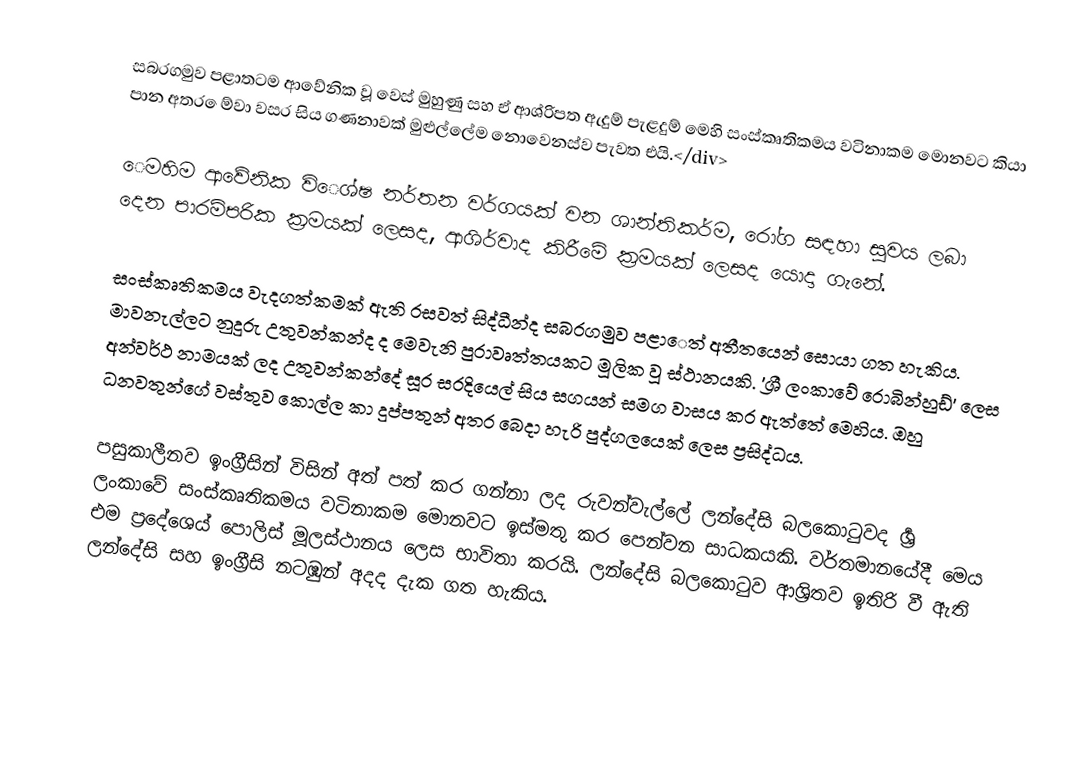
සබරගමුව පළාතටම ආවේනික වූ වෙස් මුහුණු සහ ඒ ආශ්රිපත ඇදුම් පැළදුම් මෙහි සංස්කෘතිකමය වටිනාකම මොනවට කියා පාන අතර ‍ෙම්වා වසර සිය ගණනාවක් මුළුල්ලේම නොවෙනස්ව පැවත එයි.</div>

‍ෙමහිම ආවේනික වි‍ෙශ්ෂ නර්තන වර්ගයක් වන ශාන්තිකර්ම, රෝග සඳහා සුවය ලබා දෙන පාරම්පරික ක්‍රමයක් ලෙසද, ආශිර්වාද කිරීමේ ක්‍රමයක් ලෙසද යොදා ගැනේ.

සංස්කෘතිකමය වැදගත්කමක් ඇති රසවත් සිද්ධීන්ද සබරගමුව පළා‍ෙත් අතීතයෙන් සොයා ගත හැකිය. මාවනැල්ලට නුදුරු උතුවන්කන්ද ද මෙවැනි පුරාවෘත්තයකට මූලික වූ ස්ථානයකි. 'ශ්‍රී‍ ලංකාවේ රොබින්හුඩ්' ලෙස අන්වර්ථ නාමයක් ලද උතුවන්කන්දේ සූර සරදියෙල් සිය සගයන් සමග වාසය කර ඇත්තේ මෙහිය. ඔහු ධනවතුන්ගේ වස්තුව කොල්ල කා දුප්පතුන් අතර බෙදා හැරි පුද්ගලයෙක් ලෙස ප්‍රසිද්ධය.

පසුකාලීනව ඉංග්‍රීසින් විසින් අත් පත් කර ගන්නා ලද රුවන්වැල්ලේ ලන්දේසි බලකොටුවද  ශ්‍රර්‍ ලංකාවේ සංස්කෘතිකමය වටිනාකම මොනවට ඉස්මතු කර පෙන්වන සාධකයකි. වර්තමානයේදී මෙය එම ප්‍රදේශ‍ෙය් පොලිස් මූලස්ථානය ලෙස භාවිතා කරයි. ලන්දේසි බලකොටුව ආශ්‍රිතව ඉතිරි වී ඇති ලන්දේසි සහ ඉංග්‍රීසි නටඹුන් අදද දැක ගත හැකිය.